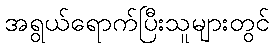
အရွယ်ရောက်ပြီးသူများတွင်